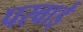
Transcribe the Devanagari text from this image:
परवाई